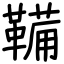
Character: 鞴